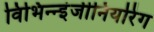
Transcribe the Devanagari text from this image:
विभिन्‍न्‍इंजीनियरिंग